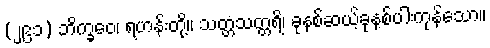
(၂၉၁) ဘိက္ခဝေ၊ ရဟန်းတို့။ သတ္တသတ္တရိ၊ ခုနစ်ဆယ့်ခုနစ်ပါးကုန်သော။